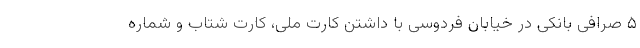
۵ صرافی بانکی در خیابان فردوسی با داشتن کارت ملی، کارت شتاب و شماره